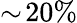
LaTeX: \sim\! 20\%